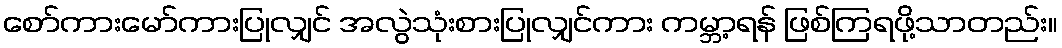
စော်ကားမော်ကားပြုလျှင် အလွဲသုံးစားပြုလျှင်ကား ကမ္ဘာ့ရန် ဖြစ်ကြရဖို့သာတည်း။